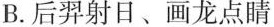
B.后羿射日、画龙点睛